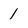
Character: 1